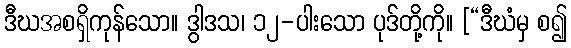
ဒီဃအစရှိကုန်သော။ ဒွါဒသ၊ ၁၂-ပါးသော ပုဒ်တို့ကို။ [“ဒီဃံမှ စ၍